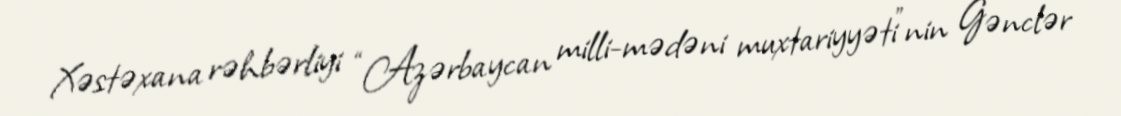
Xəstəxana rəhbərliyi “Azərbaycan milli-mədəni muxtariyyəti”nin Gənclər